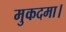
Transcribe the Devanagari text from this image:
मुकदमा।